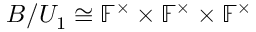
B / U _ { 1 } \cong \mathbb { F } ^ { \times } \times \mathbb { F } ^ { \times } \times \mathbb { F } ^ { \times }